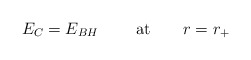
\begin{align*}E_C=E_{BH}\ \ \ \ \ \ \ {\rm at}\ \ \ \ \ \ r=r_{+}\end{align*}